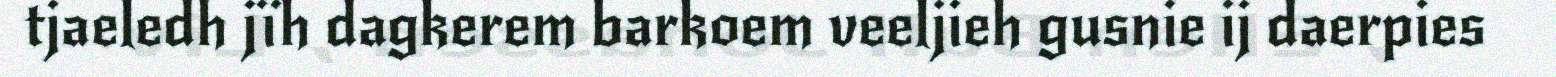
tjaeledh jïh dagkerem barkoem veeljieh gusnie ij daerpies